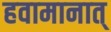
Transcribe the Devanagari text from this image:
हवामानात्